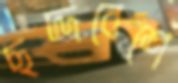
ছদ্দবেশে